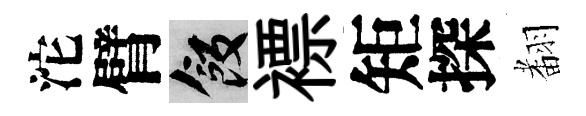
沱臂飯褾矩探𮋒